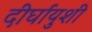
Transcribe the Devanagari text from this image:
दीर्घायुशी